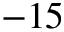
- 1 5